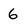
Character: 6